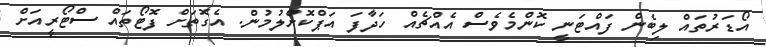
އޯޑަރުތައް ލިބެން ފައްޓަނީ ކޮންމެވެސް އެއްޗެއް ހަދާފަ އަޕްކޮށްލުމުން. އެގޮތަށް ފޮޓޯތައް ސްޓޯރީއަށް